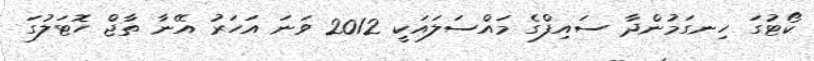
ކޯޓުގަ ހިނގަމުންދާ ސައިފްގެ މައްސަލައަކީ 2012 ވަނަ އަހަރު އޭނާ ތާޖް ހޮޓަލުގަ